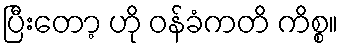
ပြီးတော့ ဟို ဝန်ခံကတိ ကိစ္စ။